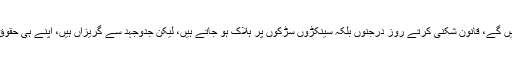
لوٹ مار میں جانیں گنوا دیں گے، قانون شکنی کرتے روز درجنوں بلکہ سینکڑوں سڑکوں پر ہلاک ہو جاتے ہیں، لیکن جدوجہد سے گریزاں ہیں، اپنے ہی حقوق کی جدوجہد سے گریزاں۔